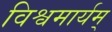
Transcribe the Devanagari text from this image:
विश्वमार्यम्‌